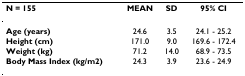
<table><thead><tr><td><b>N = 155</b></td><td><b>MEAN</b></td><td><b>SD</b></td><td><b>95% CI</b></td></tr></thead><tbody><tr><td><b>Age (years)</b></td><td>24.6</td><td>3.5</td><td>24.1 - 25.2</td></tr><tr><td><b>Height (cm)</b></td><td>171.0</td><td>9.0</td><td>169.6 - 172.4</td></tr><tr><td><b>Weight (kg)</b></td><td>71.2</td><td>14.0</td><td>68.9 - 73.5</td></tr><tr><td><b>Body Mass Index (kg/m2)</b></td><td>24.3</td><td>3.9</td><td>23.6 - 24.9</td></tr></tbody></table>